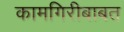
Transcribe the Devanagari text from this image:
कामगिरीबाबत